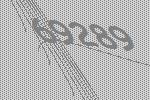
69289